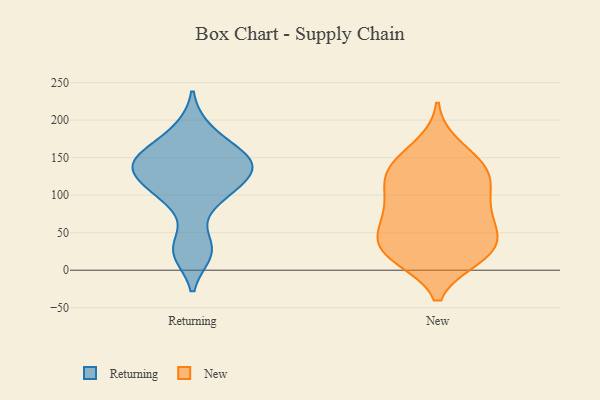
{"axis": {"x": "Churn Rate (%)", "y": "Value"}, "legend": ["New", "Returning"], "data": [{"x": "", "y": 96, "type": "Returning"}, {"x": "", "y": 137, "type": "Returning"}, {"x": "", "y": 30, "type": "Returning"}, {"x": "", "y": 187, "type": "Returning"}, {"x": "", "y": 23, "type": "Returning"}, {"x": "", "y": 127, "type": "Returning"}, {"x": "", "y": 128, "type": "Returning"}, {"x": "", "y": 156, "type": "Returning"}, {"x": "", "y": 148, "type": "Returning"}, {"x": "", "y": 151, "type": "Returning"}, {"x": "", "y": 103, "type": "Returning"}, {"x": "", "y": 87, "type": "New"}, {"x": "", "y": 87, "type": "New"}, {"x": "", "y": 165, "type": "New"}, {"x": "", "y": 21, "type": "New"}, {"x": "", "y": 42, "type": "New"}, {"x": "", "y": 26, "type": "New"}, {"x": "", "y": 133, "type": "New"}, {"x": "", "y": 18, "type": "New"}, {"x": "", "y": 56, "type": "New"}, {"x": "", "y": 137, "type": "New"}, {"x": "", "y": 62, "type": "New"}, {"x": "", "y": 67, "type": "New"}, {"x": "", "y": 129, "type": "New"}, {"x": "", "y": 113, "type": "New"}, {"x": "", "y": 26, "type": "New"}, {"x": "", "y": 23, "type": "New"}, {"x": "", "y": 111, "type": "New"}, {"x": "", "y": 144, "type": "New"}]}